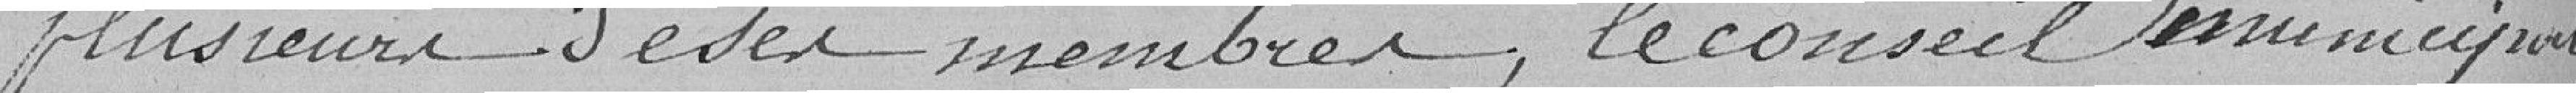
plusieurs de ses membres, le conseil Municipal